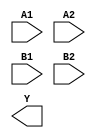
/**
 * Copyright 2020 The SkyWater PDK Authors
 *
 * Licensed under the Apache License, Version 2.0 (the "License");
 * you may not use this file except in compliance with the License.
 * You may obtain a copy of the License at
 *
 *     https://www.apache.org/licenses/LICENSE-2.0
 *
 * Unless required by applicable law or agreed to in writing, software
 * distributed under the License is distributed on an "AS IS" BASIS,
 * WITHOUT WARRANTIES OR CONDITIONS OF ANY KIND, either express or implied.
 * See the License for the specific language governing permissions and
 * limitations under the License.
 *
 * SPDX-License-Identifier: Apache-2.0
 */

`ifndef SKY130_FD_SC_HVL__O22AI_SYMBOL_V
`define SKY130_FD_SC_HVL__O22AI_SYMBOL_V

/**
 * o22ai: 2-input OR into both inputs of 2-input NAND.
 *
 *        Y = !((A1 | A2) & (B1 | B2))
 *
 * Verilog stub (without power pins) for graphical symbol definition
 * generation.
 *
 * WARNING: This file is autogenerated, do not modify directly!
 */

`timescale 1ns / 1ps
`default_nettype none

(* blackbox *)
module sky130_fd_sc_hvl__o22ai (
    //# {{data|Data Signals}}
    input  A1,
    input  A2,
    input  B1,
    input  B2,
    output Y
);

    // Voltage supply signals
    supply1 VPWR;
    supply0 VGND;
    supply1 VPB ;
    supply0 VNB ;

endmodule

`default_nettype wire
`endif  // SKY130_FD_SC_HVL__O22AI_SYMBOL_V